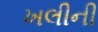
ખલીની